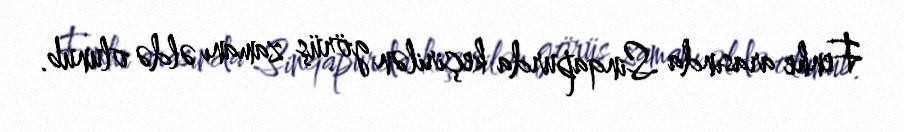
Fenhe arasında Sinqapurda keçirilən görüş zamanı əldə olunub.